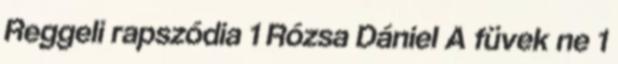
Reggeli rapszódia 1 Rózsa Dániel A füvek ne 1